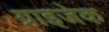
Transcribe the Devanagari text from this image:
ग्राइजेक